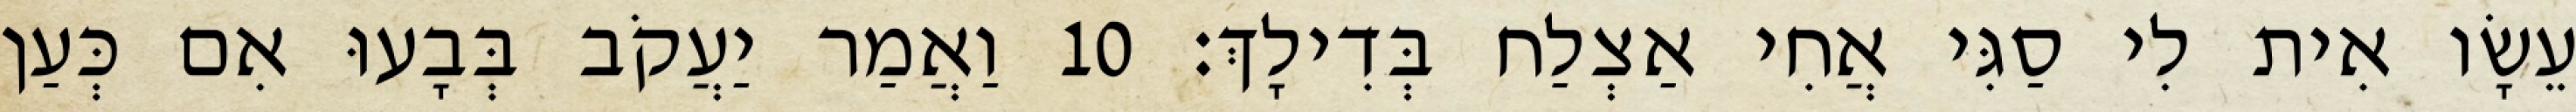
עֵשָׂו אִית לִי סַגִּי אֲחִי אַצְלַח בְּדִילָךְ׃ 10 וַאֲמַר יַעֲקֹב בְּבָעוּ אִם כְּעַן